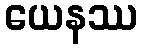
ယေနဿ